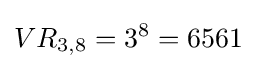
VR_{3,8}=3^{8}=6561